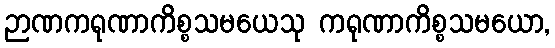
ဉာဏကရုဏာကိစ္စသမယေသု ကရုဏာကိစ္စသမယော,